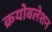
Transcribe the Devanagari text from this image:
क्रयोबलेशन